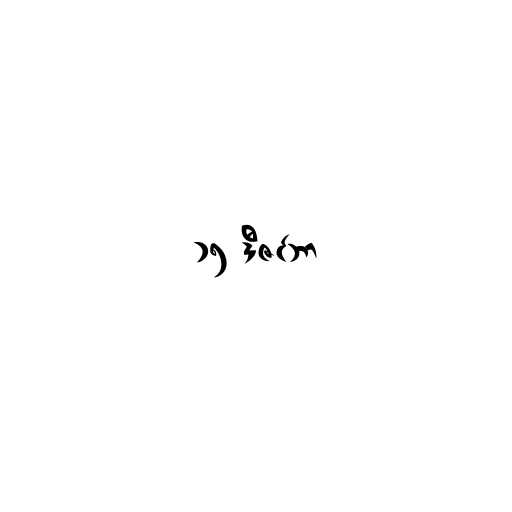
၁၅ ဒီဇင်ဘာ